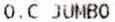
O.C JUMBO